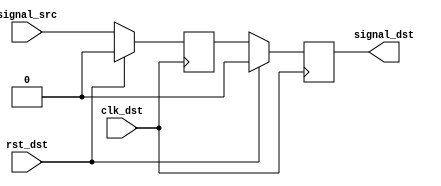
module meta_harden (
  input            clk_dst,      // Destination clock
  input            rst_dst,      // Reset - synchronous to destination clock
  input            signal_src,   // Asynchronous signal to be synchronized
  output reg       signal_dst    // Synchronized signal
);


//***************************************************************************
// Register declarations
//***************************************************************************

  reg           signal_meta;     // After sampling the async signal, this has
                                 // a high probability of being metastable.
                                 // The second sampling (signal_dst) has
                                 // a much lower probability of being
                                 // metastable

//***************************************************************************
// Code
//***************************************************************************

  always @(posedge clk_dst)
  begin
    if (rst_dst)
    begin
      signal_meta <= 1'b0;
      signal_dst  <= 1'b0;
    end
    else // if !rst_dst
    begin
      signal_meta <= signal_src;
      signal_dst  <= signal_meta;
    end // if rst
  end // always

endmodule